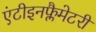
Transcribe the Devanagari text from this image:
एंटीइनफ्लैमेटरी